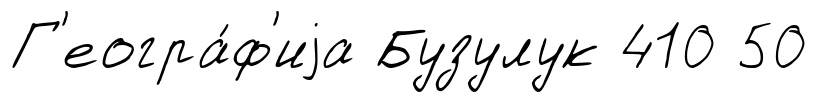
Г'еогра́ф'иjа Бузулук 410 50